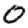
Digit: 0